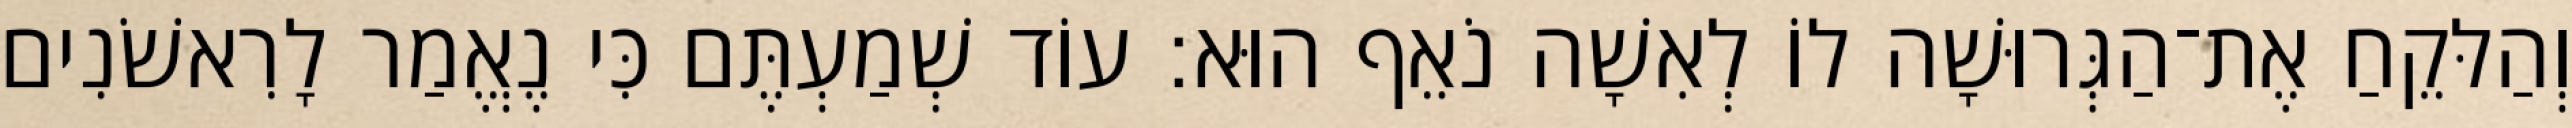
וְהַלּקֵחַ אֶת־הַגְּרוּשָׁה לוֹ לְאִשָׁה נֹאֵף הוּא׃ עוֹד שְׁמַעְתֶּם כִּי נֶאֱמַר לָרִאשֹׁנִים